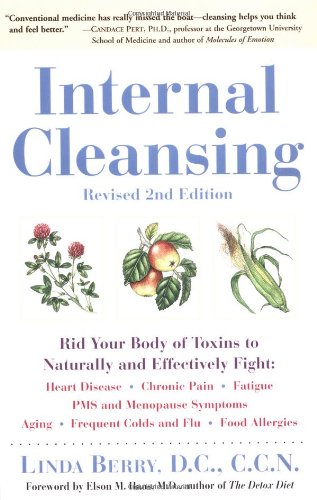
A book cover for Internal Cleansing : Rid Your Body of Toxins to Naturally and Effectively Fight Heart Disease, Chronic Pain, Fatigue, PMS and Menopause Symptoms, and More (Revised 2nd Edition); Linda Berry; Health, Fitness & Dieting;